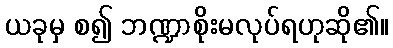
ယခုမှ စ၍ ဘဏ္ဍာစိုးမလုပ်ရဟုဆို၏။